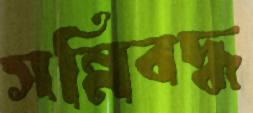
সন্নিবদ্ধ